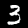
Digit: 3